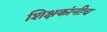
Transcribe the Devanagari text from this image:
शिक्षकांनीच